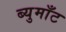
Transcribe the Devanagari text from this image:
ब्युमाँट